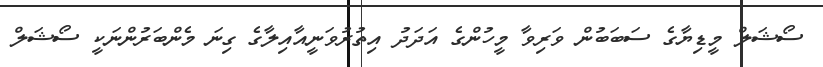
ސޯޝަލް މީޑިޔާގެ ސަބަބުން ވަރިވާ މީހުންގެ އަދަދު އިތުރުވަނީއާއިލާގެ ގިނަ މެންބަރުންނަކީ ސޯޝަލް